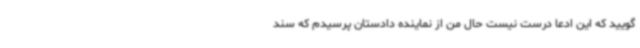
‌گویید که این ادعا درست نیست حال من از نماینده دادستان پرسیدم که سند